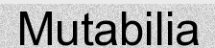
Mutabilia